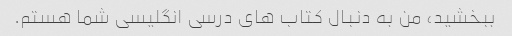
ببخشید، من به دنبال کتاب های درسی انگلیسی شما هستم.